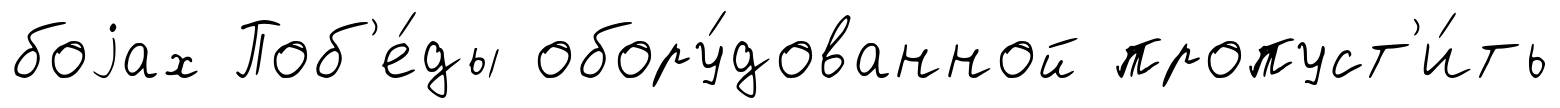
боjах Поб'е́ды обору́дованной пропуст'и́ть